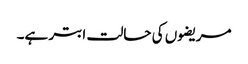
مریضوں کی حالت ابتر ہے۔